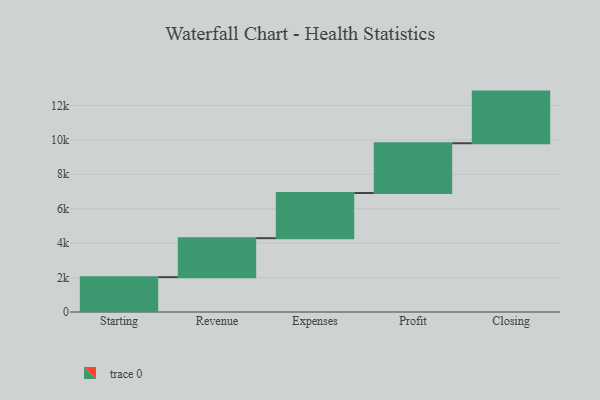
{"axis": {"x": "Step", "y": "Value"}, "legend": [""], "data": [{"x": "Starting", "y": 2024.0, "type": ""}, {"x": "Revenue", "y": 2264.0, "type": ""}, {"x": "Expenses", "y": 2626.0, "type": ""}, {"x": "Profit", "y": 2889.0, "type": ""}, {"x": "Closing", "y": 3000, "type": ""}]}